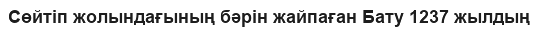
Сөйтіп жолындағының бәрін жайпаған Бату 1237 жылдың